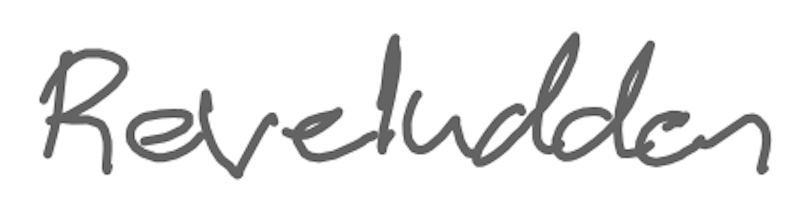
Text: Reveludden
Cross-out: clean
Writing tool: digital_gray